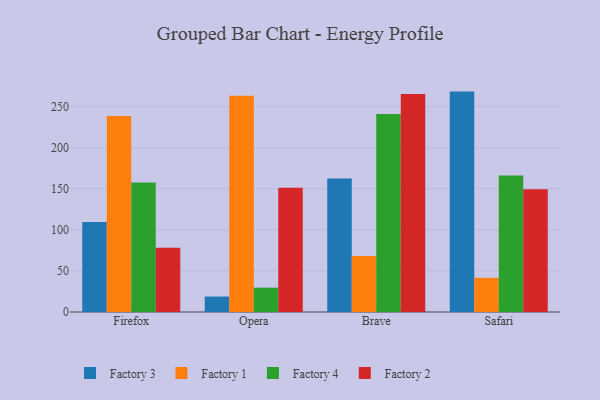
{"axis": {"x": "Browser", "y": "Population (Million)"}, "legend": ["Factory 1", "Factory 2", "Factory 3", "Factory 4"], "data": [{"x": "Firefox", "y": 109.4, "type": "Factory 3"}, {"x": "Firefox", "y": 238.6, "type": "Factory 1"}, {"x": "Firefox", "y": 157.7, "type": "Factory 4"}, {"x": "Firefox", "y": 78.2, "type": "Factory 2"}, {"x": "Opera", "y": 18.8, "type": "Factory 3"}, {"x": "Opera", "y": 263.3, "type": "Factory 1"}, {"x": "Opera", "y": 29.6, "type": "Factory 4"}, {"x": "Opera", "y": 151.2, "type": "Factory 2"}, {"x": "Brave", "y": 162.5, "type": "Factory 3"}, {"x": "Brave", "y": 68.1, "type": "Factory 1"}, {"x": "Brave", "y": 241.0, "type": "Factory 4"}, {"x": "Brave", "y": 265.4, "type": "Factory 2"}, {"x": "Safari", "y": 268.2, "type": "Factory 3"}, {"x": "Safari", "y": 41.6, "type": "Factory 1"}, {"x": "Safari", "y": 166.2, "type": "Factory 4"}, {"x": "Safari", "y": 149.3, "type": "Factory 2"}]}